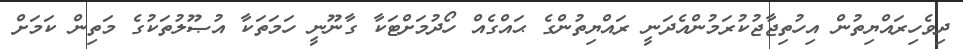
ދިވެހިރައްޔިތުން އިހުތިޖާޖުކުރަމުންއެދަނީ ރައްޔިތުންގެ ޙައްގެއް ހޯދުމަށްޓަކާ ގާނޫނީ ހަމަތަކާ އުޞޫލުތަކުގެ މަތިން ކަމަށް